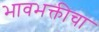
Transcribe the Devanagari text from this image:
भावभक्तीचा